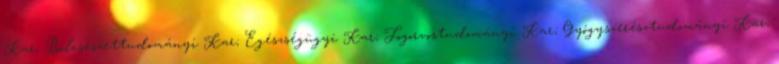
Kar; Bölcsészettudományi Kar; Egészségügyi Kar; Fogorvostudományi Kar; Gyógyszerésztudományi Kar;